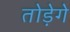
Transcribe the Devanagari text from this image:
तोड़ेगे